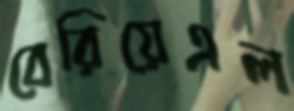
বেরিয়েএল